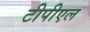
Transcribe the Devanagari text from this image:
टीपीएल